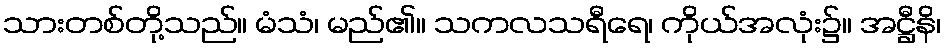
သားတစ်တို့သည်။ မံသံ၊ မည်၏။ သကလသရီရေ၊ ကိုယ်အလုံး၌။ အဋ္ဌီနိ၊